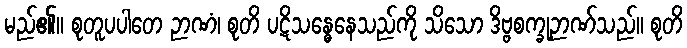
မည်၏။ စုတူပပါတေ ဉာဏံ၊ စုတိ ပဋိသန္ဓေနေသည်ကို သိသော ဒိဗ္ဗစက္ခုဉာဏ်သည်။ စုတိ